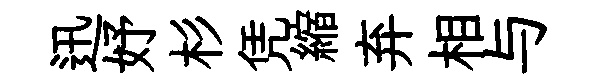
迅妤杉凭縮弃相与